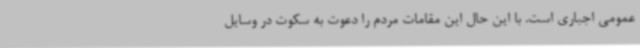
عمومی اجباری است. با این حال این مقامات مردم را دعوت به سکوت در وسایل